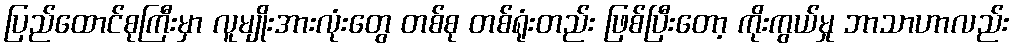
ပြည်ထောင်စုကြီးမှာ လူမျိုးအားလုံးတွေ တစ်စု တစ်ရုံးတည်း ဖြစ်ပြီးတော့ ကိုးကွယ်မှု ဘာသာဟာလည်း